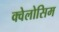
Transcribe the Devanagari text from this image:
क्वेलोसिम